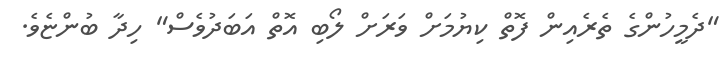
"ދެމީހުންގެ ތެރެއިން ފޮތް ކިޔުމަށް ވަރަށް ލޯބި އޮތް އަބަދުވެސް" ހިދާ ބުންޏެވެ.